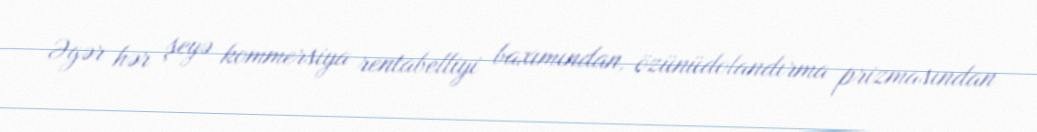
Əgər hər şeyə kommersiya rentabelliyi baxımından, özünüdolandırma prizmasından